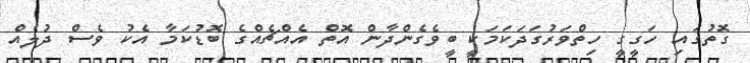
ގޮތުގައި ހަގީގީ ހިތްވަރުގަދަކަމަކީ ބީވެގެންދާން އޮތް އެއްޗެއްގެ ބޮޑުކަމާ އެކު ވެސް ދުލެއް